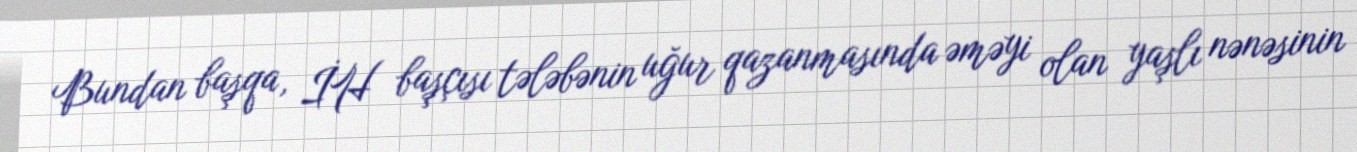
Bundan başqa, İH başçısı tələbənin uğur qazanmasında əməyi olan yaşlı nənəsinin